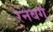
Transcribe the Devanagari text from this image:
रेनेबर्ग